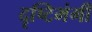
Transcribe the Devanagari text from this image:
दृष्टिभंगी